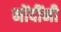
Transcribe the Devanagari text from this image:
नोंदींनी